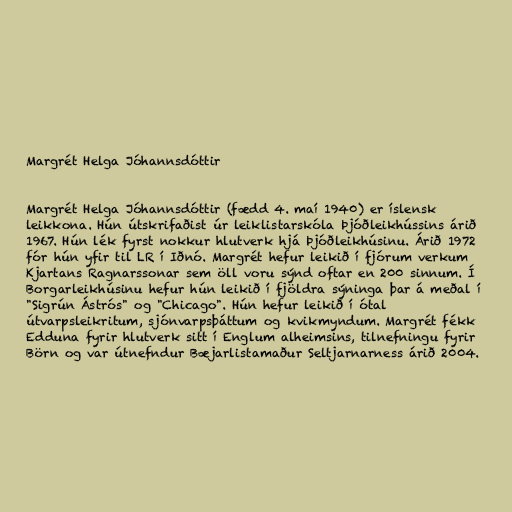
Margrét Helga Jóhannsdóttir

Margrét Helga Jóhannsdóttir (fædd 4. maí 1940) er íslensk
leikkona. Hún útskrifaðist úr leiklistarskóla Þjóðleikhússins árið
1967. Hún lék fyrst nokkur hlutverk hjá Þjóðleikhúsinu. Árið 1972
fór hún yfir til LR í Iðnó. Margrét hefur leikið í fjórum verkum
Kjartans Ragnarssonar sem öll voru sýnd oftar en 200 sinnum. Í
Borgarleikhúsinu hefur hún leikið í fjöldra sýninga þar á meðal í
"Sigrún Ástrós" og "Chicago". Hún hefur leikið í ótal
útvarpsleikritum, sjónvarpsþáttum og kvikmyndum. Margrét fékk
Edduna fyrir hlutverk sitt í Englum alheimsins, tilnefningu fyrir
Börn og var útnefndur Bæjarlistamaður Seltjarnarness árið 2004.